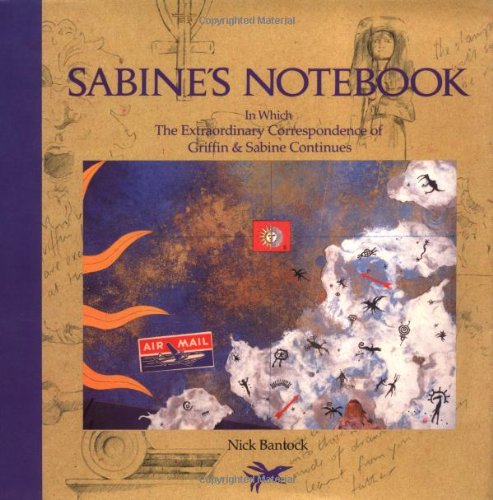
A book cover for Sabine's Notebook: In Which the Extraordinary Correspondence of Griffin & Sabine Continues; Nick Bantock; Romance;